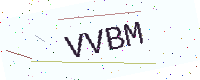
Text: VVBM